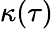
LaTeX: \kappa(\tau)